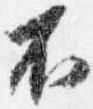
不